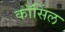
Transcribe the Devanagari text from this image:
कॉसिंल